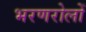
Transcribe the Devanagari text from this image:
भरणरोलों